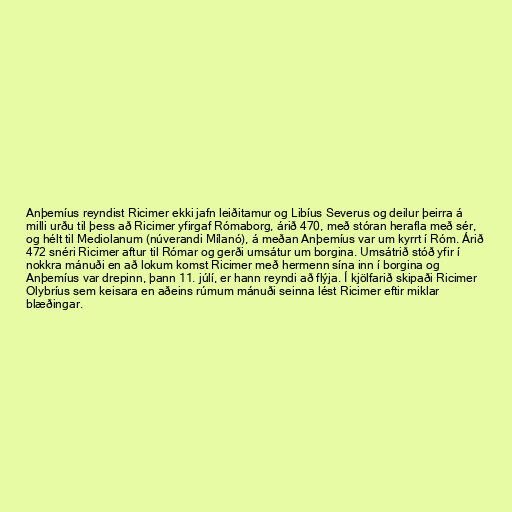
Anþemíus reyndist Ricimer ekki jafn leiðitamur og Libíus Severus og deilur þeirra á
milli urðu til þess að Ricimer yfirgaf Rómaborg, árið 470, með stóran herafla með sér,
og hélt til Mediolanum (núverandi Mílanó), á meðan Anþemíus var um kyrrt í Róm. Árið
472 snéri Ricimer aftur til Rómar og gerði umsátur um borgina. Umsátrið stóð yfir í
nokkra mánuði en að lokum komst Ricimer með hermenn sína inn í borgina og
Anþemíus var drepinn, þann 11. júlí, er hann reyndi að flýja. Í kjölfarið skipaði Ricimer
Olybríus sem keisara en aðeins rúmum mánuði seinna lést Ricimer eftir miklar
blæðingar.